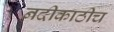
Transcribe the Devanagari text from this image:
नदीकाठीच